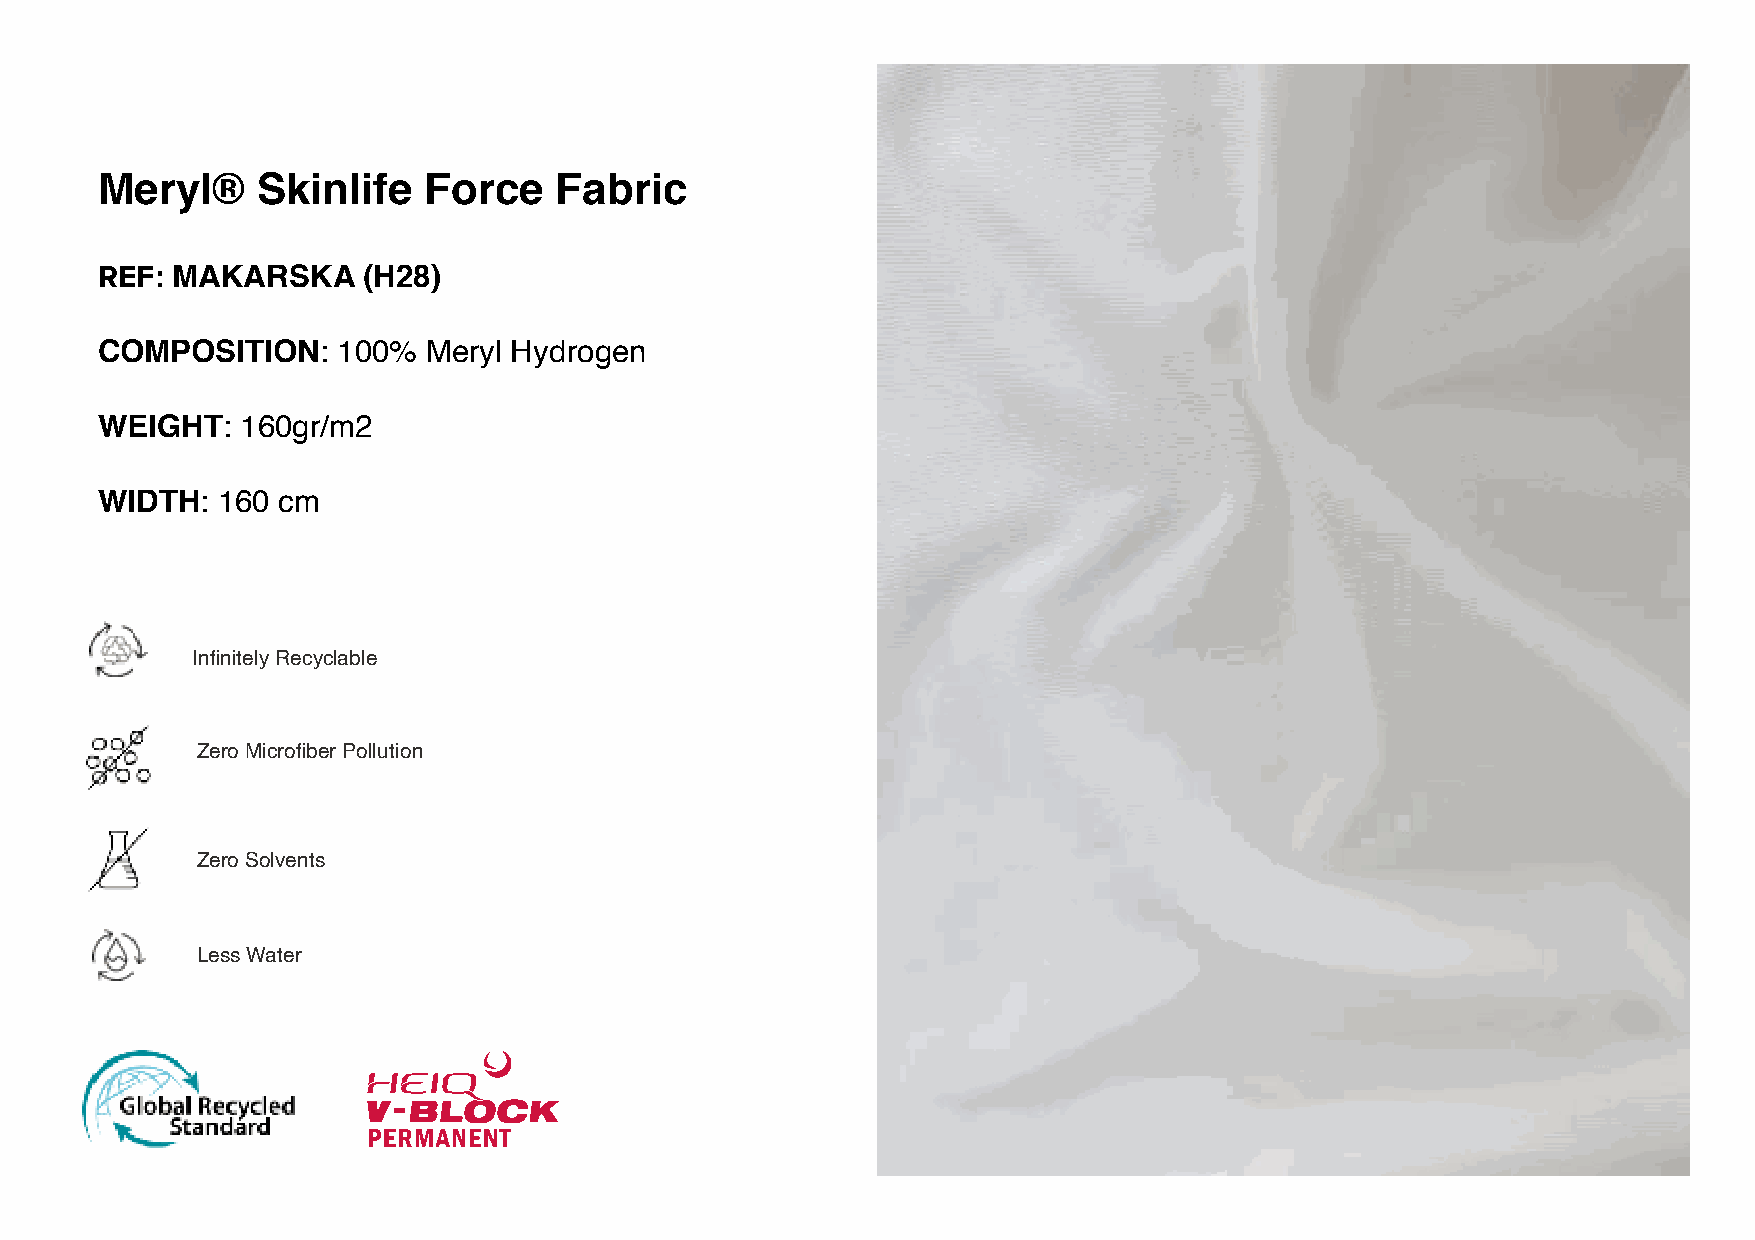
Meryl®     Skinlife   Force    Fabric
 REF: MAKARSKA     (H28)
 COMPOSITION:    100%  Meryl Hydrogen
 WEIGHT:   160gr/m2
 WIDTH:  160 cm
 Infinitely Recyclable
 Zero Microfiber Pollution
 Zero Solvents
 Less Water